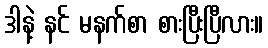
ဒါနဲ့ နင် မနက်စာ စားပြီးပြီလား။